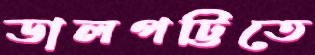
ডালপট্টিতে